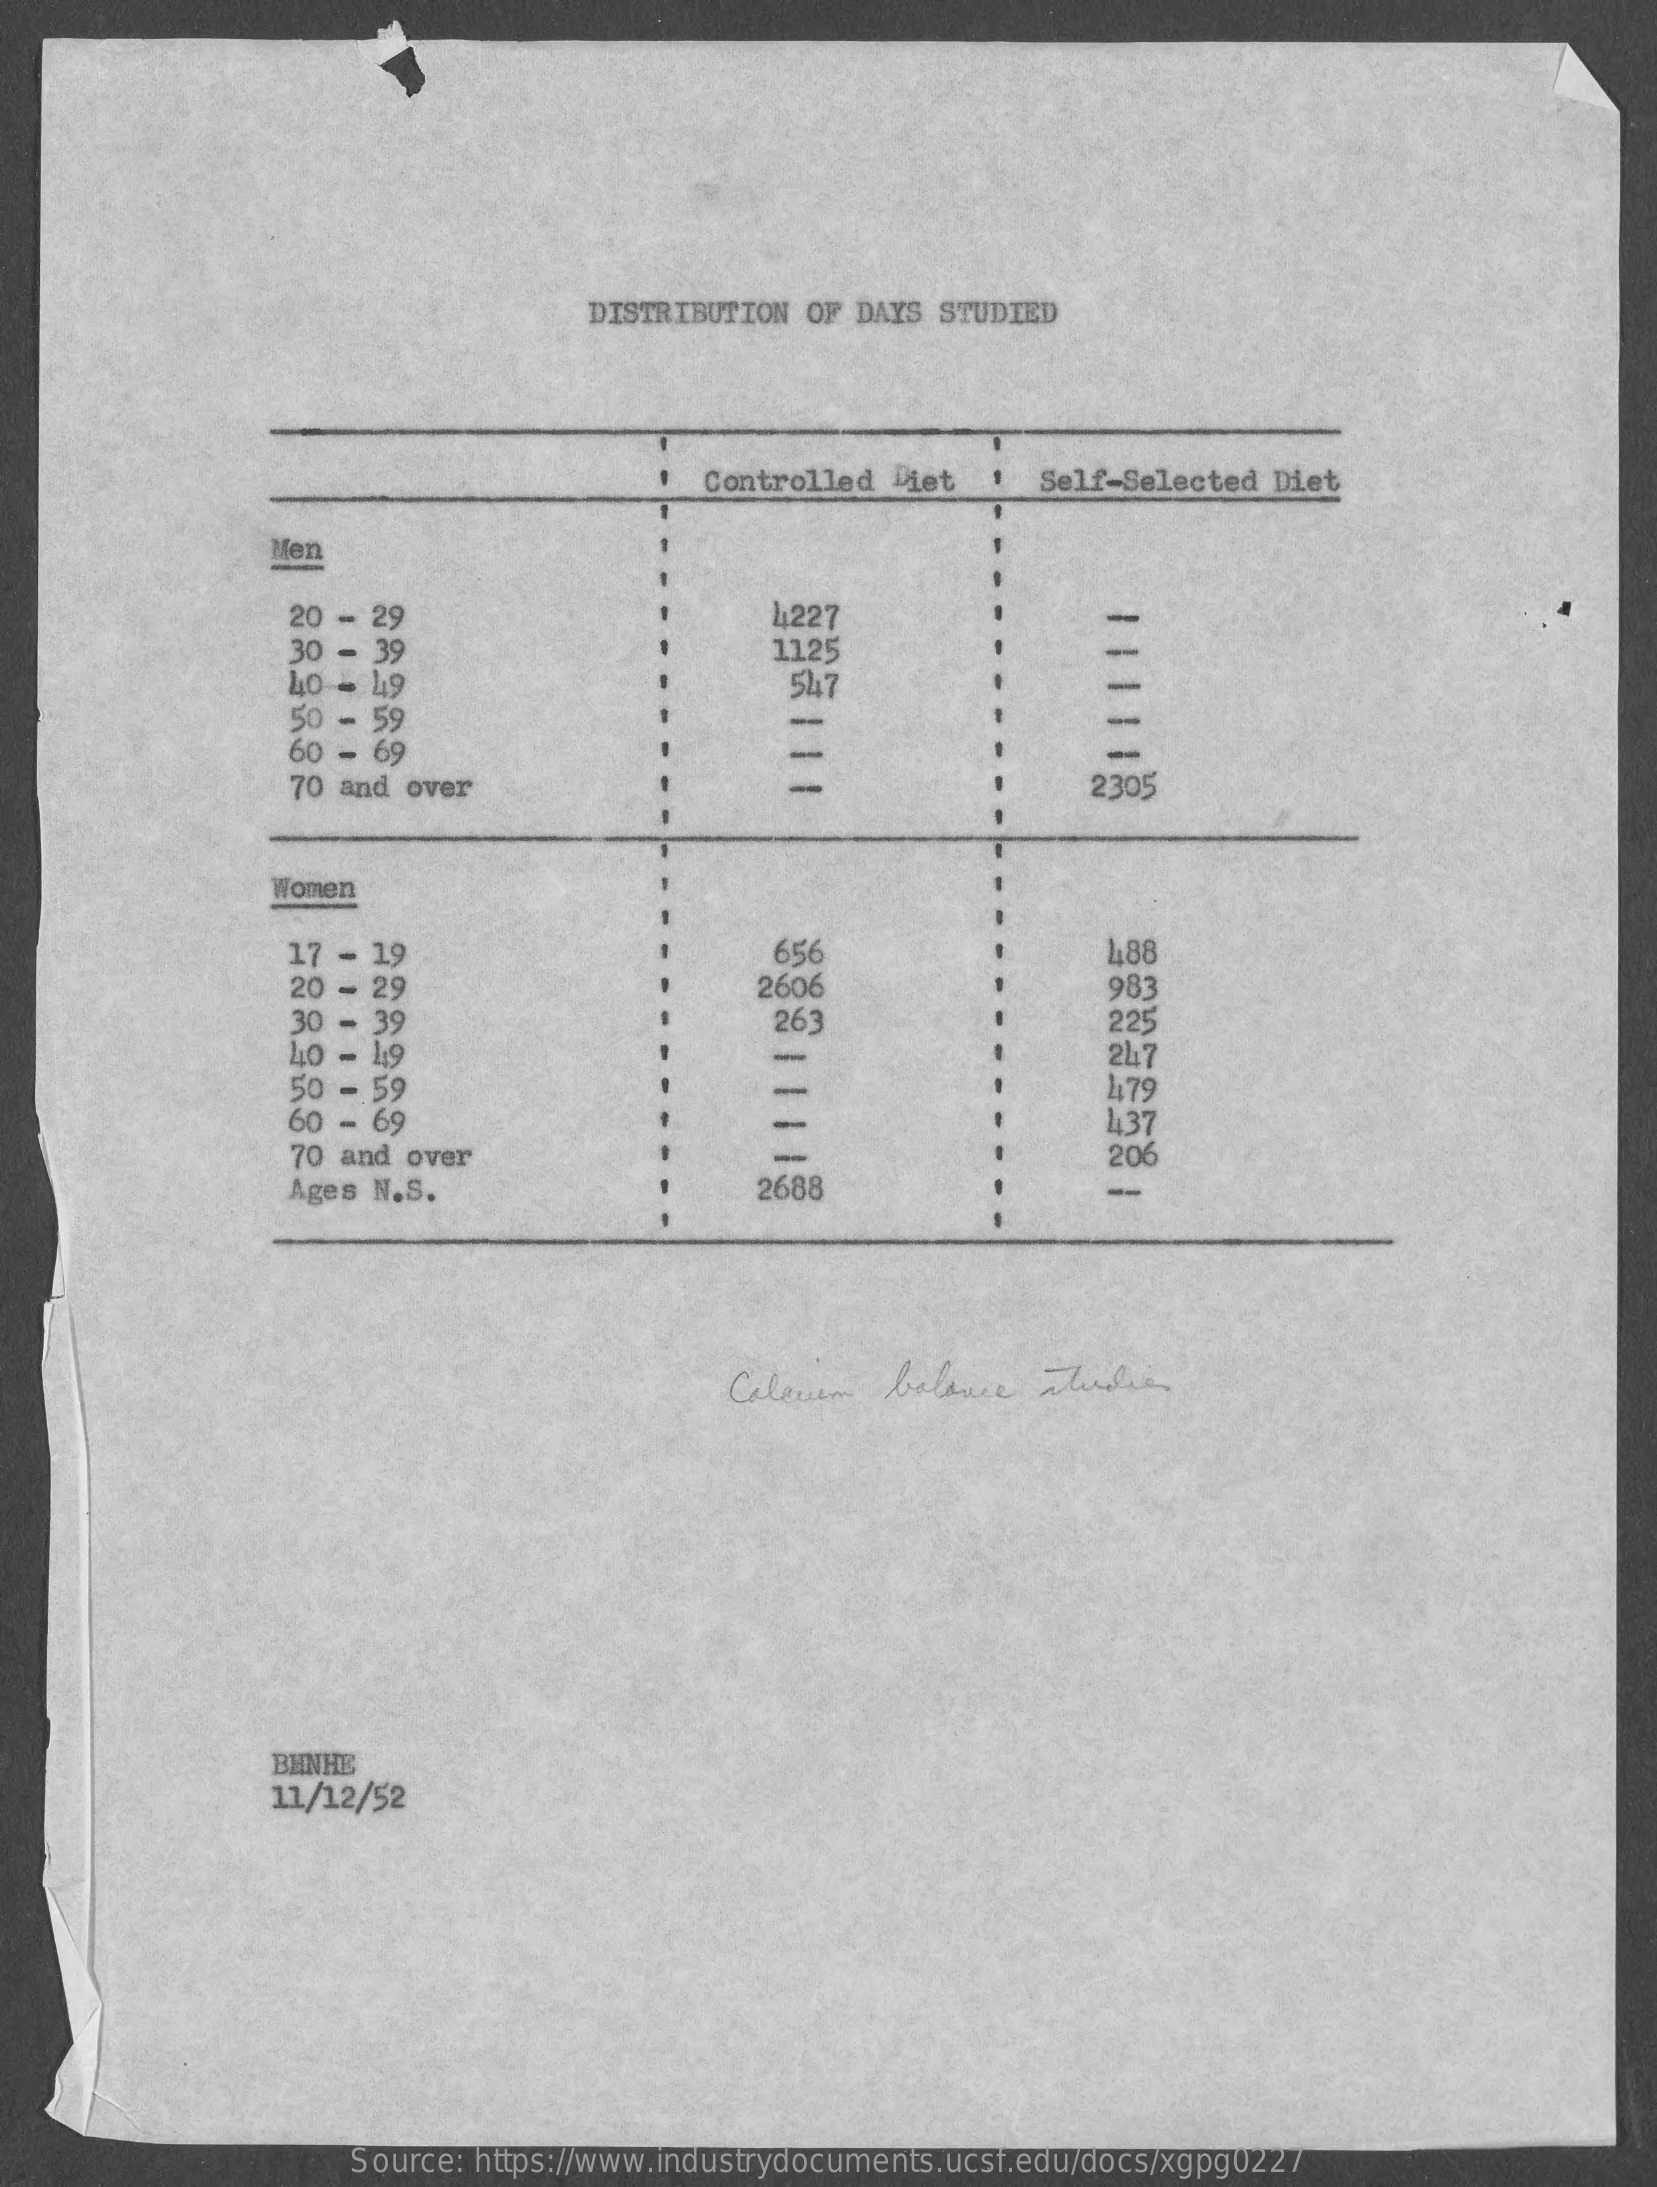
DISTRIBUTION OF DAYS STUDIED
     Controlled Diet    Self-Selected Diet
     Men
     20 - 29    4227
     111118
     30 - 39
     40 - 49
     1125
     50 - 59
     547
     60 - 69
     --
     70 and over
     Women
     17 - 19    656    488
     20 - 29    2606    983
     30 - 39
     40 - 19
     263    225
     24
     50 - 59
     60 - 69
     479
     437
     70 and over    -    206
     Ages N.S.    2688    --
     Caleven   balance  studie
     BHNHE
     11/12/52
     Source: https://www.industrydocuments.ucsf.edu/docs/xgpg0227